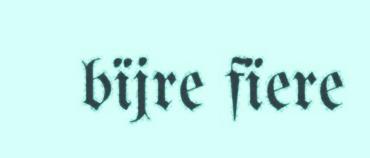
bïjre fïere